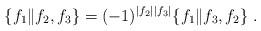
LaTeX: \begin{align*}\{f_1\| f_2,f_3\}=(-1)^{|f_2||f_3|}\{f_1\| f_3,f_2\}\;.\end{align*}